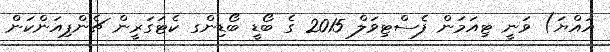
އައްޔަ) ވަނީ ޓިއަމަން ފެސްޓިވަލް 2015 ގެ ބޯޑީ ބޯޑިންގ ކެޓަގަރީން ޗެންޕިއަންކަން